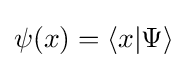
\psi (x)=\langle x|\Psi \rangle